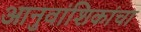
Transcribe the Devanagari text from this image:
आनुवांशिकांचा